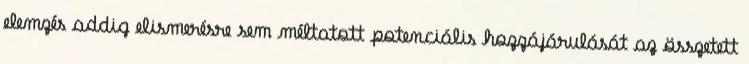
elemzés addig elismerésre sem méltatott potenciális hozzájárulását az összetett